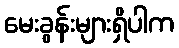
မေးခွန်းများရှိပါက